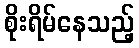
စိုးရိမ်နေသည့်